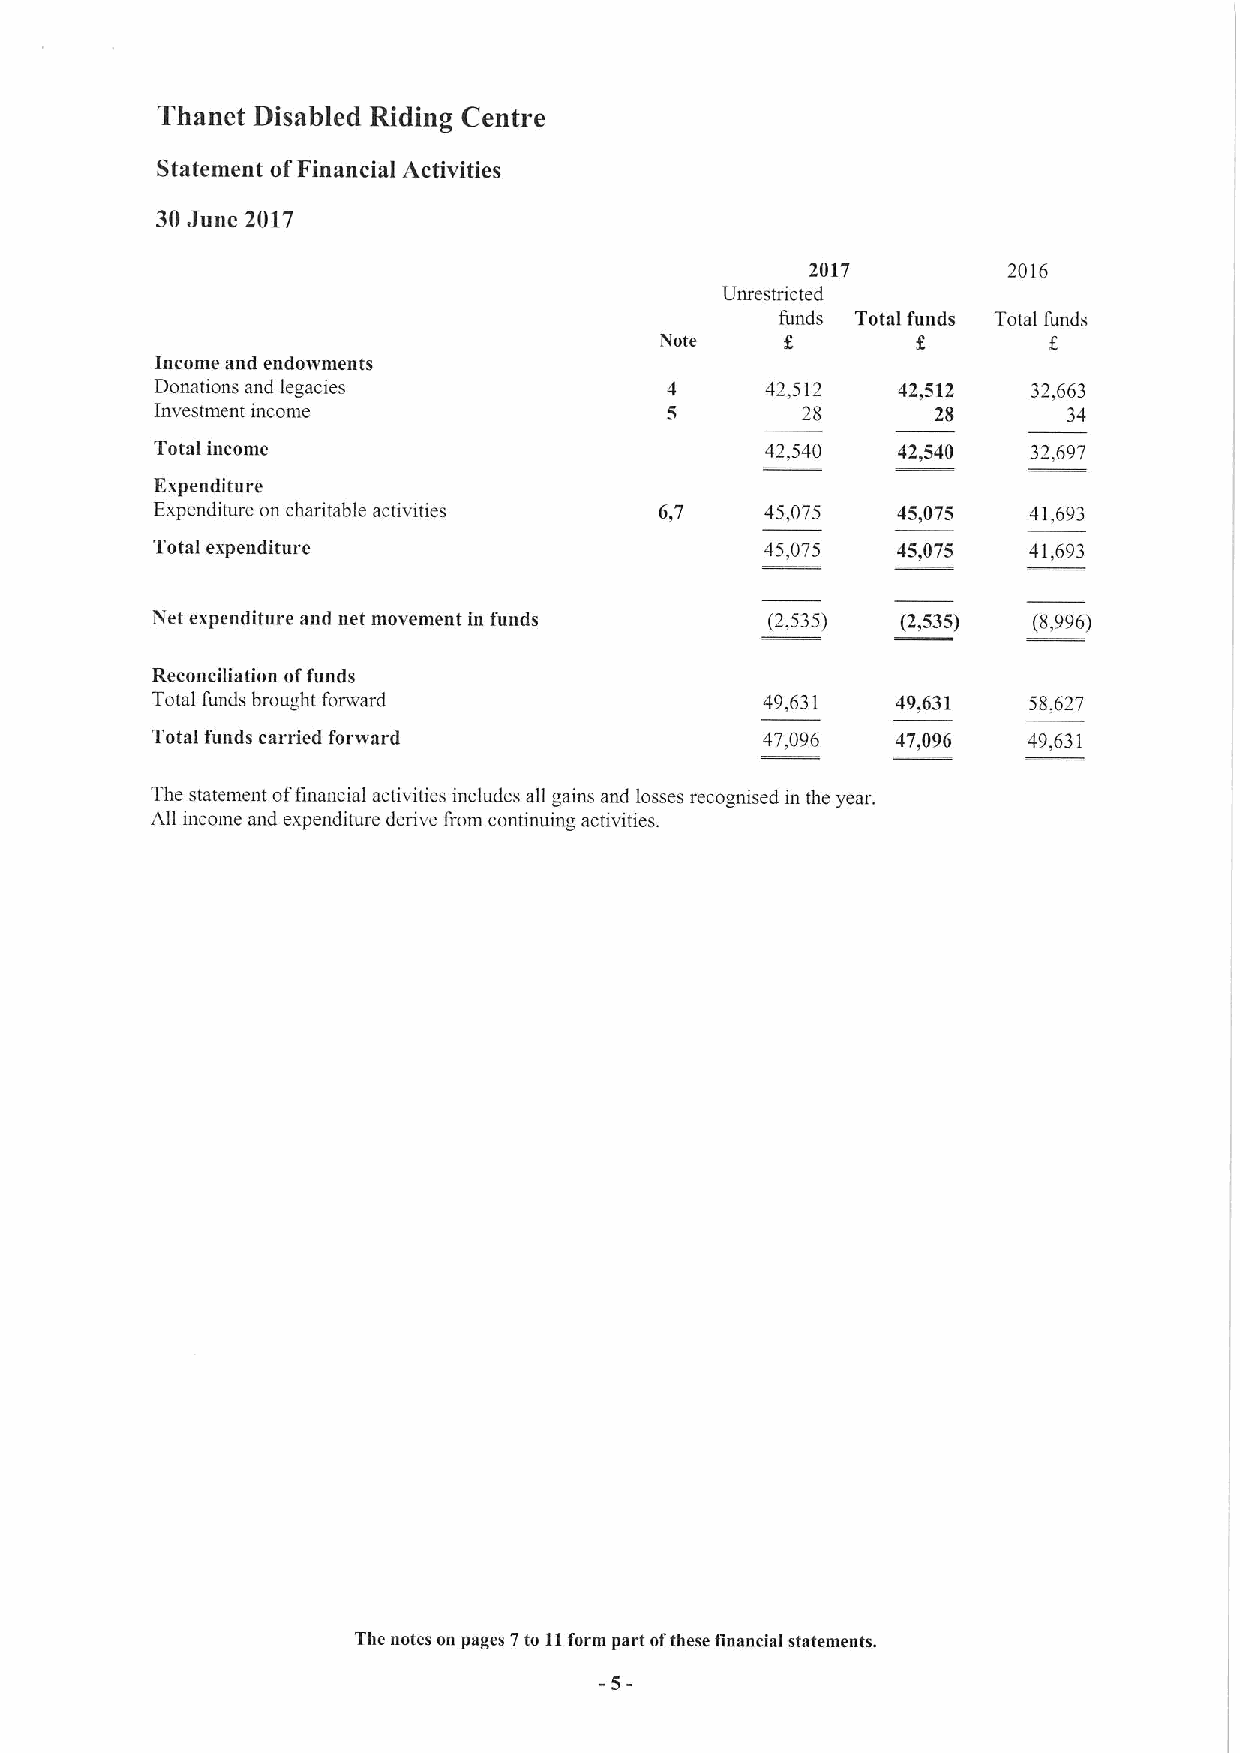
Thanet Disabled Riding Centre
 Statement ofFinancial Activities
 30June 2017
 2017         2016
 Unrestricted
 funds Total funds Total funds
 Note
 Income and endowments
 Donations and legacies                   42,512  42,512   32,663
 Investment income                          28       28       34
 Total income                             42,540  42,540   32,697
 Expenditure
 Expenditure on charitable activities 6,7 45,075  45,075   41,693
 Total expenditure                        45,075  45,075   41,693
 Net expenditure and net movement in funds (2,535) (2,535) (8,996)
 Reconciliation offunds
 Total funds brought forward             49,631   49,631   58,627
 Total funds carried forward             47,096   47,096   49,631
 The statement offinancial activities includes all gains and losses recognised in the year.
 All income and expenditure derive from continuing activities.
 The notes on pages 7to 11form part ofthese financial statements.